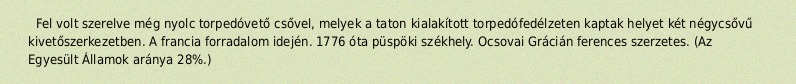
Fel volt szerelve még nyolc torpedóvető csővel, melyek a taton kialakított torpedófedélzeten kaptak helyet két négycsővű kivetőszerkezetben. A francia forradalom idején. 1776 óta püspöki székhely. Ocsovai Grácián ferences szerzetes. (Az Egyesült Államok aránya 28%.)